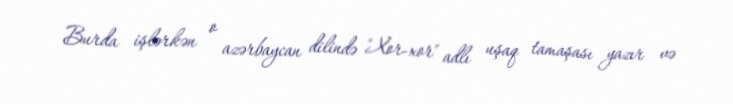
Burda işlərkən o azərbaycan dilində "Xor-xor" adlı uşaq tamaşası yazır və